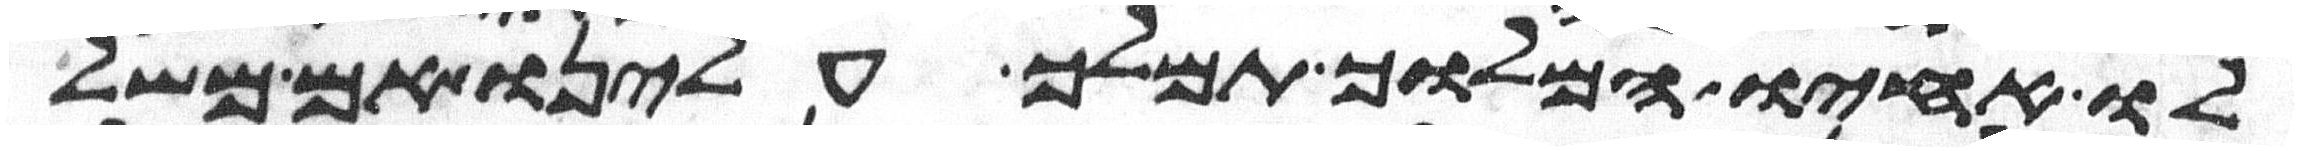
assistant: לו אחיו המלוך תמלך עלינו אם משל